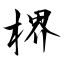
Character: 楐